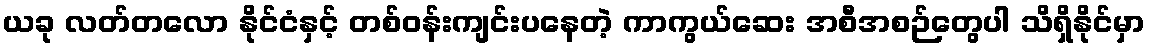
ယခု လတ်တလော နိုင်ငံနှင့် တစ်ဝန်းကျင်းပနေတဲ့ ကာကွယ်ဆေး အစီအစဉ်တွေပါ သိရှိနိုင်မှာ